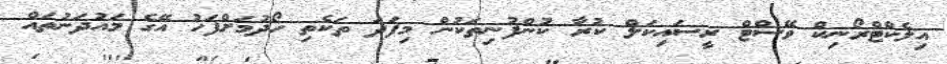
އިލެކްޓްރޯނިކް ވޭސްޓް ރީސައިކަލް ކުރާ ކުންފުނިތަކުން މިފަދަ ތަކެތި ހޯދުމަށްފަހު އޭގެ މައުދަނުތައް